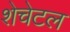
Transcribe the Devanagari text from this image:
शेचेटल